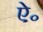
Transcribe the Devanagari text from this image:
ऐ॰